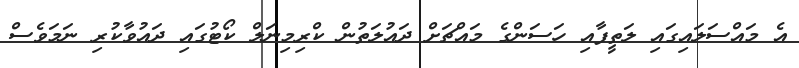
އެ މައްސަލައިގައި ލަތީފާއި ހަސަންގެ މައްޗަށް ދައުލަތުން ކްރިމިނަލް ކޯޓުގައި ދައުވާކުރި ނަމަވެސް